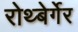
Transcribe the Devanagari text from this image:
रोथ्बेर्गेर